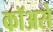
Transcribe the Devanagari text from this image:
कॉअसे